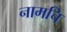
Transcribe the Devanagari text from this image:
नामचि